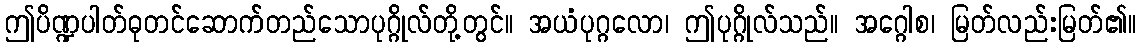
ဤပိဏ္ဍပါတ်ဓုတင်ဆောက်တည်သောပုဂ္ဂိုလ်တို့တွင်။ အယံပုဂ္ဂလော၊ ဤပုဂ္ဂိုလ်သည်။ အဂ္ဂေါစ၊ မြတ်လည်းမြတ်၏။